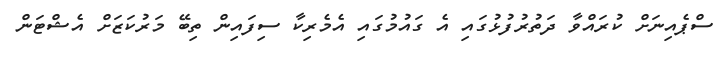
ސްޕެއިނަށް ކުރައްވާ ދަތުރުފުޅުގައި އެ ގައުމުގައި އެމެރިކާ ސިފައިން ތިބޭ މަރުކަޒަށް އެޝްޓަން